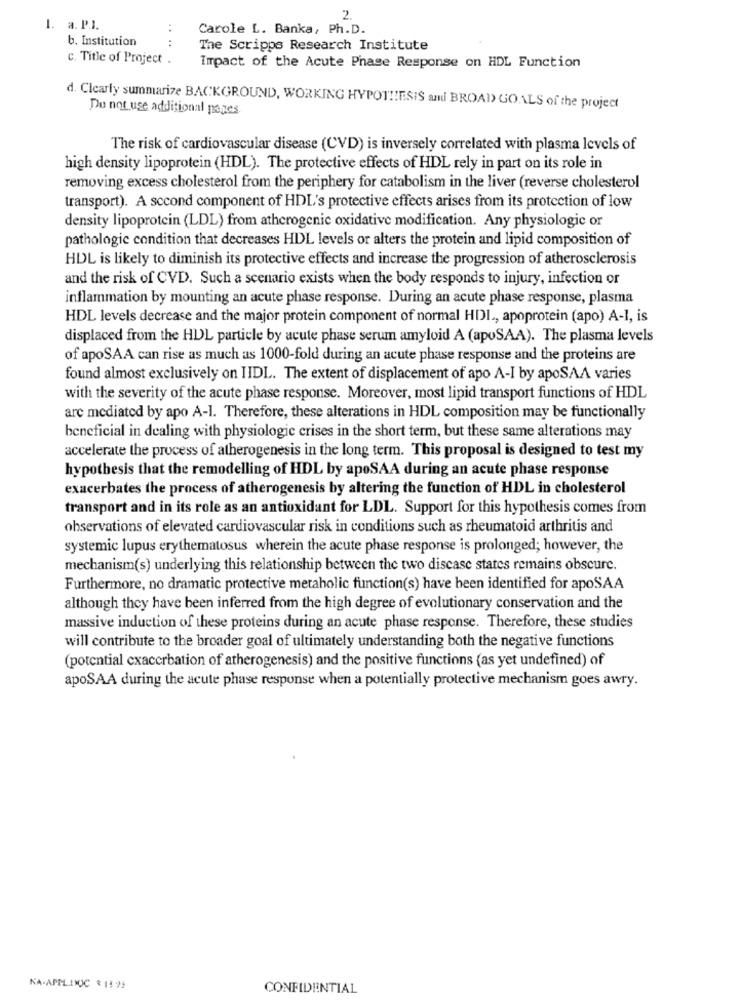
2.
1. a. P.1.
:
Carole L. Banka, Ph.D.
b. Institution
:
The Scripps Research Institute
c. Title of Project .
Impact of the Acute Phase Response on HDL Function
d. Clearly summarize BACKGROUND, WORKING HYPOTHESIS and BROAD GOALS of the project
Do not use additional pages
The risk of cardiovascular disease (CVD) is inversely correlated with plasma levels of
high density lipoprotein (HDL). The protective effects of HDL rely in part on its role in
removing excess cholesterol from the periphery for catabolismin the liver (reverse cholesterol
transport). A second component of HDL's protective effects arises from its protection of low
density lipoprotein (LDL) from atherogenic oxidative modification. Any physiologie or
pathologic condition that decreases HDL levels or alters the protein and lipid composition of
HDL is likely to diminish its protective effects and increase the progression of atherosclerosis
and the risk of CVD. Such a scenario exists when the body responds to injury, infection or
inflammation by mounting an acute phase response. During an acute phase response, plasma
HDL levels decrease and the major protein component of normal HDI ., apoprotein (apo) A-1, is
displaced from the HDL particle by acute phase serum amyloid A (apoSAA). The plasma levels
of apoSAA can rise as much as 1000-fold during an acute phase response and the proteins are
found almost exclusively on IIDL. The extent of displacement of apo A-I by apoSAA varies
with the severity of the acute phase response. Moreover, most lipid transport functions of HDL
arc mediated by apo A-1. Therefore, these alterations in HDL composition may be functionally
beneficial in dealing with physiologic crises in the short term, but these same alterations may
accelerate the process of atherogenesis in the long term. This proposal is designed to test my
hypothesis that the remodelling of HDL by apoSAA during an acute phase response
exacerbates the process of atherogenesis by altering the function of HDL in cholesterol
transport and in its role as an antioxidant for LDL. Support for this hypothesis comes from
observations of elevated cardiovascular risk in conditions such as rheumatoid arthritis and
systemic lupus erythematosus wherein the acute phase response is prolonged; however, the
mechanism(s) underlying this relationship between the two disease states remains obscure.
Furthermore, no dramatic protective metaholic function(s) have been identified for apoSAA
although they have been inferred from the high degree of evolutionary conservation and the
massive induction of these proteins during an acute phase response. Therefore, these studies
will contribute to the broader goal of ultimately understanding both the negative functions
(potential cxacerbation of atherogenesis) and the positive functions (as yet undefined) of
apoSAA during the acute phase response when a potentially protective mechanism goes awry.
KA-APPLINOC & 19 99
CONFIDENTIAL